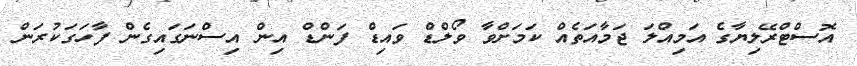
އޮސްޓްރޭލިޔާގެ އަމިއްލަ ޖަމާއަތެއް ކަމަށްވާ ވޯލްޑް ވައިޑް ފަންޑް އިން އިސްނަގައިގެން ފާހަގަކުރަން